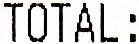
TOTAL: